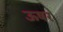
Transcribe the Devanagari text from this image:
ऊषर